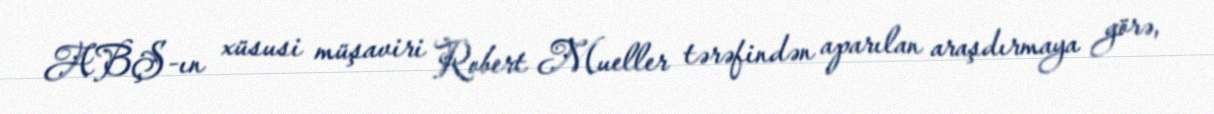
ABŞ-ın xüsusi müşaviri Robert Mueller tərəfindən aparılan araşdırmaya görə,